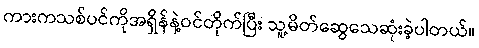
ကားကသစ်ပင်ကိုအရှိန်နဲ့ဝင်တိုက်ပြီး သူ့မိတ်ဆွေသေဆုံးခဲ့ပါတယ်။